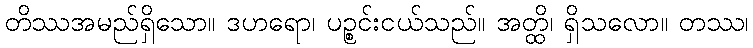
တိဿအမည်ရှိသော။ ဒဟရော၊ ပဉ္စင်းငယ်သည်။ အတ္ထိ၊ ရှိသလော။ တဿ၊